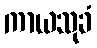
ကာယသုခံ